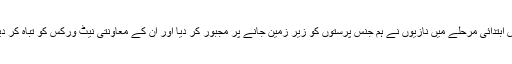
اس ابتدائی مرحلے میں نازیوں نے ہم جنس پرستوں کو زير زمین جانے پر مجبور کر دیا اور ان کے معاونتی نیٹ ورکس کو تباہ کر دیا۔